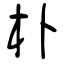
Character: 朴